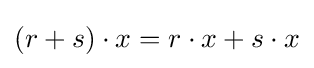
(r+s)\cdot x=r\cdot x+s\cdot x